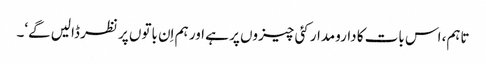
تاہم، اس بات کا دارومدار کئی چیزوں پر ہے اور ہم اِن باتوں پر نظر ڈالیں گے‘۔